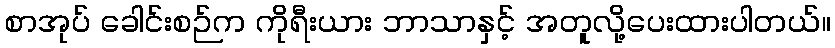
စာအုပ် ခေါင်းစဉ်က ကိုရီးယား ဘာသာနှင့် အတူလို့ပေးထားပါတယ်။